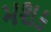
મશક